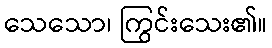
သေသော၊ ကြွင်းသေး၏။